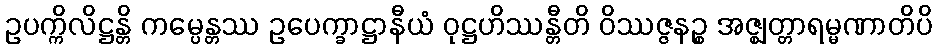
ဥပက္ကိလိဋ္ဌန္တိ ကမ္ပေန္တဿ ဥပေက္ခာဋ္ဌာနီယံ ဝုဋ္ဌဟိဿန္တီတိ ဝိဿဇ္ဇနဉ္စ အဇ္ဈတ္တာရမ္မဏာတိပိ